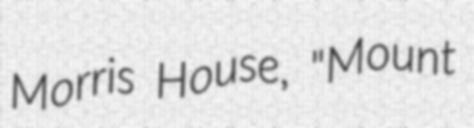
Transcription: Morris House, "Mount